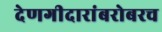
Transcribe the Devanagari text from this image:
देणगीदारांबरोबरच